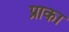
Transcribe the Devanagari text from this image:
प्राका